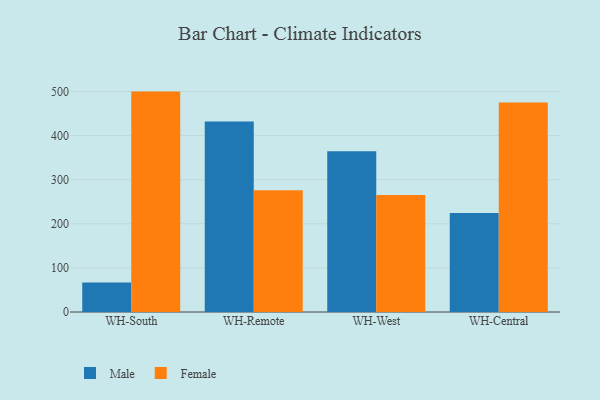
{"axis": {"x": "Warehouse", "y": "Tickets Resolved"}, "legend": ["Female", "Male"], "data": [{"x": "WH-South", "y": 67.1, "type": "Male"}, {"x": "WH-South", "y": 499.8, "type": "Female"}, {"x": "WH-Remote", "y": 431.9, "type": "Male"}, {"x": "WH-Remote", "y": 276.2, "type": "Female"}, {"x": "WH-West", "y": 364.5, "type": "Male"}, {"x": "WH-West", "y": 265.5, "type": "Female"}, {"x": "WH-Central", "y": 224.5, "type": "Male"}, {"x": "WH-Central", "y": 475.3, "type": "Female"}]}